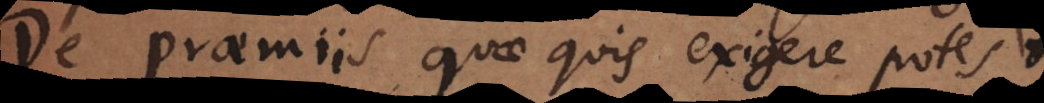
De praemiis, quae quis exigere potest.